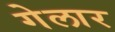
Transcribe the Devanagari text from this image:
गेलार